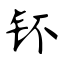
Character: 钚